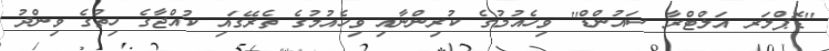
''ޑޮޕްލަރ އަލްޓްރާ ސައުންޑް'' ވިހެއުމުގެ ކުރިންނާއި ވިހެއުމުގެ ތެރޭގައި ކުއްޖާގެ ހިތުގެ ވިންދު